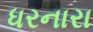
ધરનારા